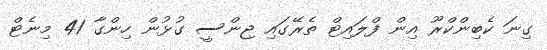
ގިނަ ކެބިންކްރޫ އިން ފްލައިޓް ތެރޭގައި ޖިންސީ ގުޅުން ހިންގާ 41 މިނެޓް